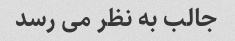
جالب به نظر می رسد